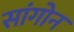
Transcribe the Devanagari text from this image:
सांगोन